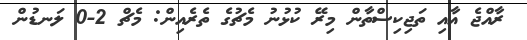
ރާއްޖެ އާއި ތަޖިކިސްތާން މިރޭ ކުޅުނު މެޗުގެ ތެރެއިން: މެޗް 2-0 ލަނޑުން